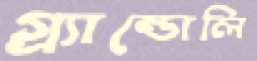
গ্র্যান্ডোলি